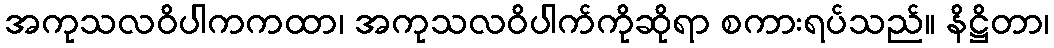
အကုသလဝိပါကကထာ၊ အကုသလဝိပါက်ကိုဆိုရာ စကားရပ်သည်။ နိဋ္ဌိတာ၊